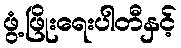
ဖွံ့ဖြိုးရေးပါတီနှင့်